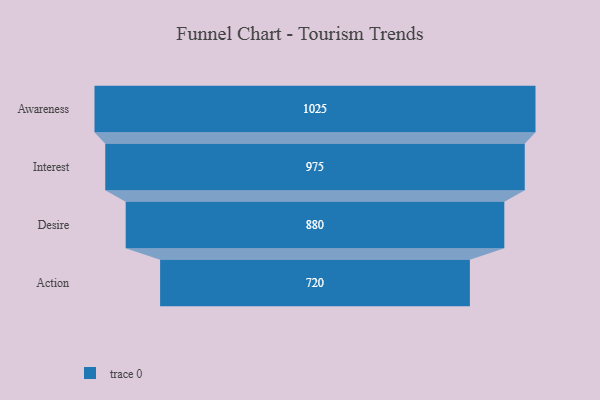
{"axis": {"x": "Stage", "y": "Value"}, "legend": [""], "data": [{"x": "Awareness", "y": 1025.0, "type": ""}, {"x": "Interest", "y": 975.0, "type": ""}, {"x": "Desire", "y": 880.0, "type": ""}, {"x": "Action", "y": 720.0, "type": ""}]}